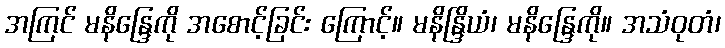
အကြင် မနိန္ဒြေကို အစောင့်ခြင်း ကြောင့်။ မနိန္ဒြိယံ၊ မနိန္ဒြေကို။ အသံဝုတံ၊